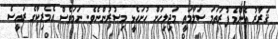
ޤަރާރު އެންމެ ފުރަތަމަ ސަލާމަތީ މަޖިލިހަށް ހުށަހެޅީ މިޞުރުންނެވެ. ނަމަވެސް އެމެރިކާގެ ރައީސެ